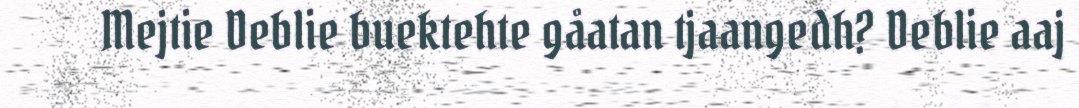
Mejtie Deblie buektehte gåatan tjaangedh? Deblie aaj